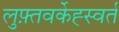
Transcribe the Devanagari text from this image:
लुफ़्तवर्केह्स्वर्त